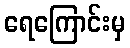
ရေကြောင်းမှ